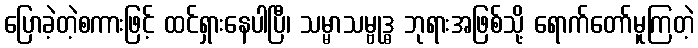
ပြောခဲ့တဲ့စကားဖြင့် ထင်ရှားနေပါပြီ၊ သမ္မာသမ္ဗုဒ္ဓ ဘုရားအဖြစ်သို့ ရောက်တော်မူကြတဲ့